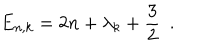
E _ { n , k } = 2 n + { \lambda _ { k } } + \frac { 3 } { 2 } \, \, \, .